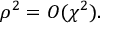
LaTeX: \rho ^ { 2 } = O ( \chi ^ { 2 } ) .